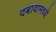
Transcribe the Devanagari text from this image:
दबावामध्ये